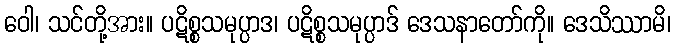
ဝေါ၊ သင်တို့အား။ ပဋိစ္စသမုပ္ပာဒ၊ ပဋိစ္စသမုပ္ပာဒ် ဒေသနာတော်ကို။ ဒေသိဿာမိ၊